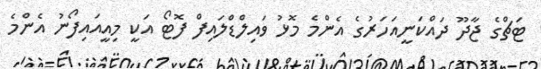
ޓަޗްގެ ޖާދޫ ދައްކަނީއަހަރުގެ އެންމެ މޮޅު ވައިލްޑްލައިފް ފޮޓޯ އަކީ މިއީއައިފޯނު އެންމެ